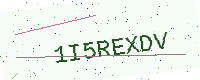
Text: 1I5REXDV